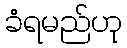
ခံရမည်ဟု